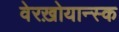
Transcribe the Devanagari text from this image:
वेरख़ोयान्स्क